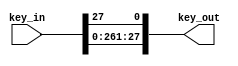
`timescale 1ns / 1ps
//////////////////////////////////////////////////////////////////////////////////
// Company: 
// Engineer: 
// 
// Design Name: 
// Module Name: KeyShift
// Project Name: 
// Target Devices: 
// Tool Versions: 
// Description: 
// 
// Dependencies: 
// 
// Revision:
// Revision 0.01 - File Created
// Additional Comments:
// 
//////////////////////////////////////////////////////////////////////////////////


module KeyShift #(parameter shift1 = 1) 
    (
    input [0:27] key_in,
    output reg [0:27] key_out
    );
    
    always@*
    begin: shiftAlways
        integer i;
        
        if (shift1 == 1)
        begin
            key_out[27] = key_in[0];
            
            for (i = 0; i < 27; i = i + 1) begin
                key_out[i] = key_in[i + 1];
            end
        end
        else
        begin
            key_out[27] = key_in[1];
            key_out[26] = key_in[0];
            
            for (i = 0; i < 26; i = i + 1) begin
                key_out[i] = key_in[i + 2];
            end
        end
            
    end
    
endmodule